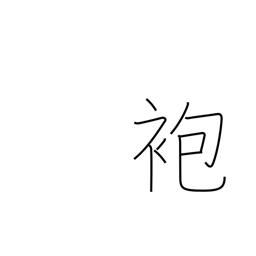
Meaning: coat